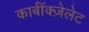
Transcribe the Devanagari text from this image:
कार्बॉक्ज़ेलेट